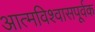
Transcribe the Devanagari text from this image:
आत्मविश्वासपूर्वक